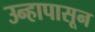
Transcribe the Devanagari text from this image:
उन्हापासून